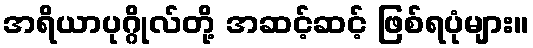
အရိယာပုဂ္ဂိုလ်တို့ အဆင့်ဆင့် ဖြစ်ရပုံများ။